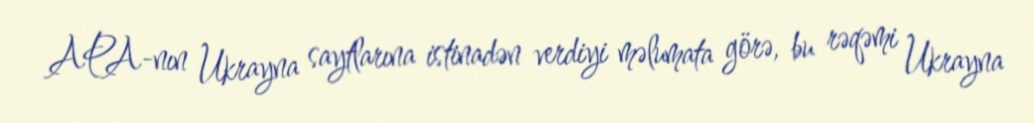
APA-nın Ukrayna saytlarına istinadən verdiyi məlumata görə, bu rəqəmi Ukrayna